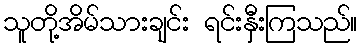
သူတို့အိမ်သားချင်း ရင်းနှီးကြသည်။